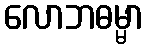
လောဘဓမ္မာ